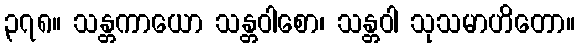
၃၇၈။ သန္တကာယော သန္တဝါစော၊ သန္တဝါ သုသမာဟိတော။